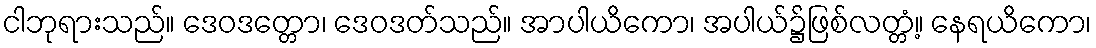
ငါဘုရားသည်။ ဒေဝဒတ္တော၊ ဒေဝဒတ်သည်။ အာပါယိကော၊ အပါယ်၌ဖြစ်လတ္တံ့။ နေရယိကော၊